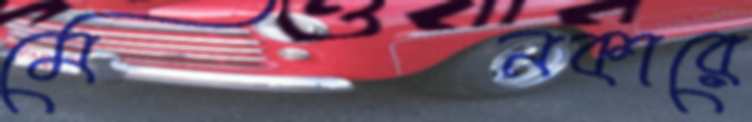
মেনকারে